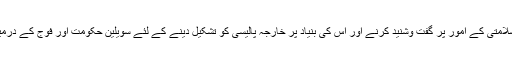
یہاں مسئلہ یہ ہے کہ قومی سلامتی کے امور پر گفت وشنید کرنے اور اس کی بنیاد پر خارجہ پالیسی کو تشکیل دینے کے لئے سویلین حکومت اور فوج کے درمیان مربوط نظام موجود نہیں۔